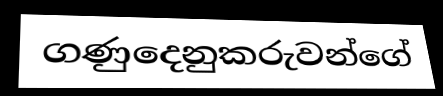
ගණුදෙනුකරුවන්ගේ